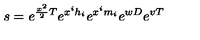
s = e ^ { { \frac { x ^ { 2 } } { 2 } } T } e ^ { x ^ { i } h _ { i } } e ^ { x ^ { i } m _ { i } } e ^ { w D } e ^ { v T }